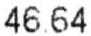
46.64